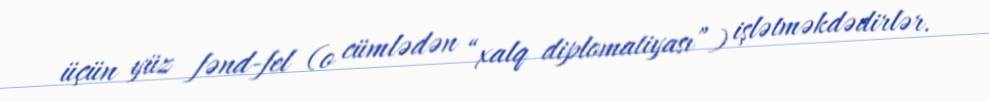
üçün yüz fənd-fel (o cümlədən “xalq diplomatiyası”) işlətməkdədirlər.